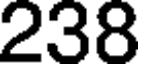
238